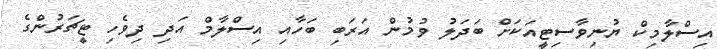
އިސްލާމިކް ޔުނިވާސިޓީއަކަށް ބަދަލު ވުމުން އަރަބި ބަހާއި އިސްލާމް އަދި ދިވެހި ޓީޗަރުންގެ